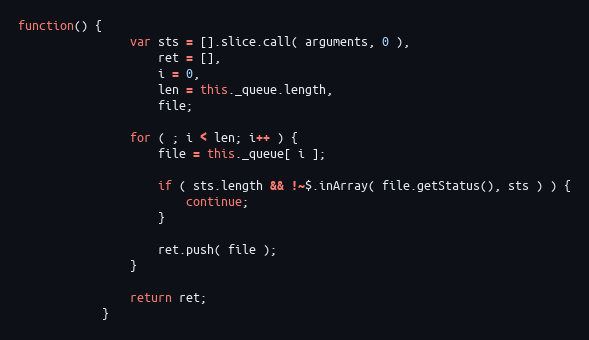
Language: JavaScript
function() {
                var sts = [].slice.call( arguments, 0 ),
                    ret = [],
                    i = 0,
                    len = this._queue.length,
                    file;

                for ( ; i < len; i++ ) {
                    file = this._queue[ i ];

                    if ( sts.length && !~$.inArray( file.getStatus(), sts ) ) {
                        continue;
                    }

                    ret.push( file );
                }

                return ret;
            }